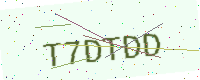
Text: T7DTDD